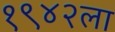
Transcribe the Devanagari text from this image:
१९४२ला